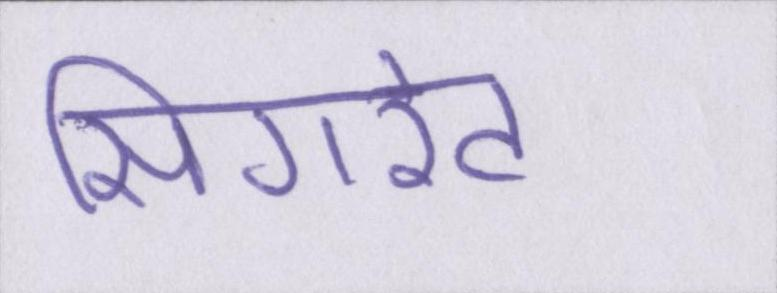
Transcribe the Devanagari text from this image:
सिगरेट